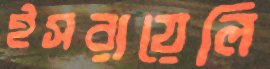
ইসরায়েলি